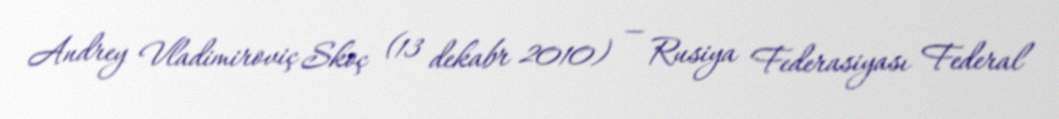
Andrey Vladimiroviç Skoç (13 dekabr 2010) — Rusiya Federasiyası Federal